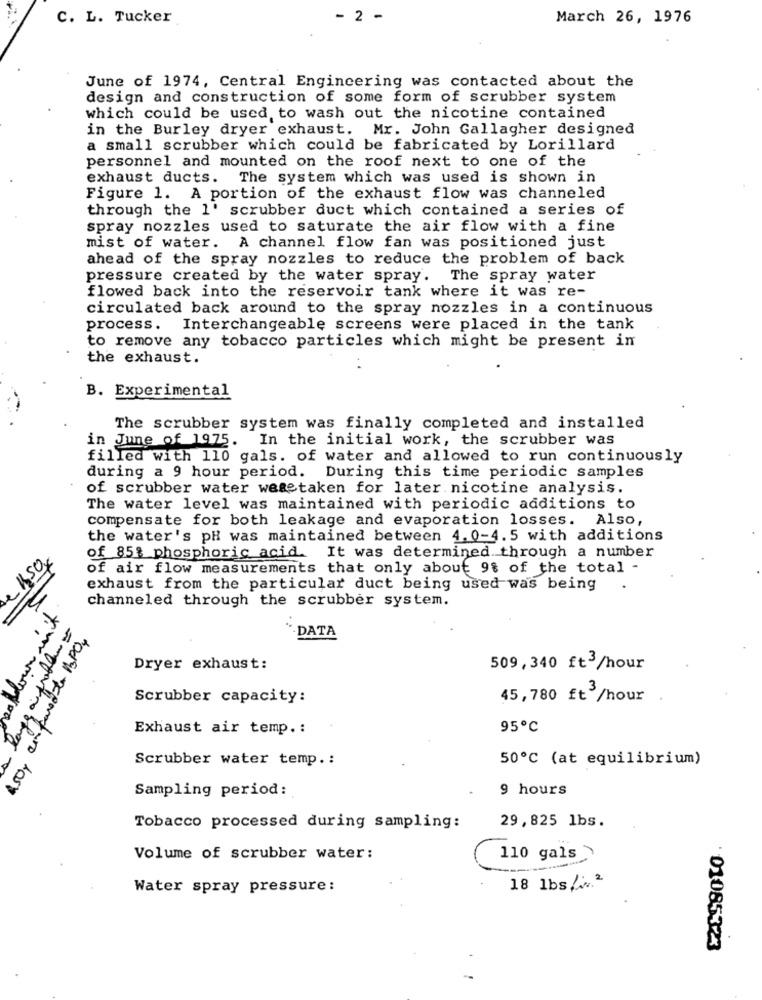
C. L. Tucker
- 2 -
March 26, 1976
June of 1974, Central Engineering was contacted about the
design and construction of some form of scrubber system
which could be used to wash out the nicotine contained
in the Burley dryer exhaust. Mr. John Gallagher designed
a small scrubber which could be fabricated by Lorillard
personnel and mounted on the roof next to one of the
exhaust ducts. The system which was used is shown in
Figure 1. A portion of the exhaust flow was channeled
through the l' scrubber duct which contained a series of
spray nozzles used to saturate the air flow with a fine
mist of water. A channel flow fan was positioned just
ahead of the spray nozzles to reduce the problem of back
pressure created by the water spray. The spray water
flowed back into the reservoir tank where it was re-
circulated back around to the spray nozzles in a continuous
process. Interchangeable screens were placed in the tank
to remove any tobacco particles which might be present in
the exhaust.
B. Experimental
The scrubber system was finally completed and installed
in June of 1975. In the initial work, the scrubber was
filled with 110 gals. of water and allowed to run continuously
during a 9 hour period. During this time periodic samples
of scrubber water weretaken for later nicotine analysis.
The water level was maintained with periodic additions to
compensate for both leakage and evaporation losses. Also,
the water's pH was maintained between 4. 0-4.5 with additions
of 85% phosphoric acid. It was determined through a number
of air flow measurements that only about 9% of the total -
exhaust from the particular duct being used was being
channeled through the scrubber system.
-DATA
150y emparede 13PO,
Dryer exhaust:
509,340 ft3 /hour
Scrubber capacity:
45,780 ft3 /hour
Exhaust air temp. :
95℃
Scrubber water temp .:
50℃ (at equilibrium)
Sampling period:
9 hours
Tobacco processed during sampling:
29,825 lbs.
Volume of scrubber water:
110 gals >
Water spray pressure:
18 1bs/2
· 01085323